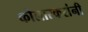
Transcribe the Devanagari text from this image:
कोलारकरांनी